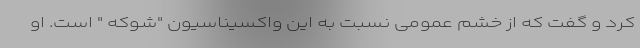
کرد و گفت که از خشم عمومی نسبت به این واکسیناسیون "شوکه " است. او